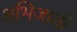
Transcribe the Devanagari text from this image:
अभिजातों